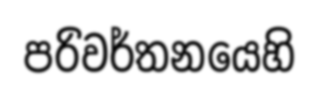
පරිවර්තනයෙහි